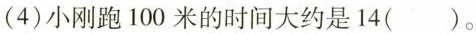
(4)小刚跑100米的时间大约是14( )。